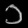
Digit: ၁